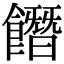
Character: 䭙